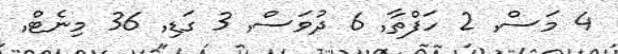
4 މަސް